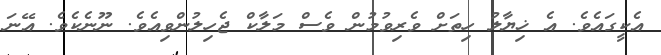
އެކީގައެވެ. އެ ޚިޔާލު ހިތަށް ވެރިވުމުން ވެސް މަލާކް ޖެހިލުންވިއެވެ. ނޫނެކެވެ. އޭނަ